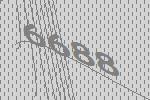
6688